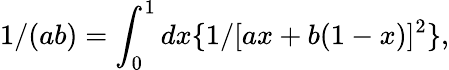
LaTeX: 1/(ab)=\int_{0}^{1}dx\{ 1/[ax+b(1-x)]^{2}\} ,